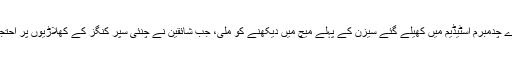
اس کی ایک جھلک ایم اے چدمبرم اسٹیڈیم میں کھیلے گئے سیزن کے پہلے میچ میں دیکھنے کو ملی، جب شائقین نے چنئی سپر کنگز کے کھلاڑیوں پر احتجاجاً جوتے تک پھینکے۔